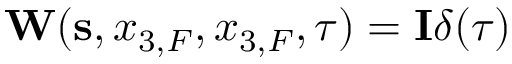
{ \bf W } ( { \bf s } , x _ { 3 , F } , x _ { 3 , F } , \tau ) = { \bf I } \delta ( \tau )